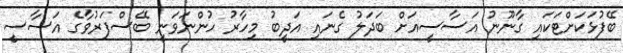
ބޭފުޅަކަށްޓަކައި ގާނޫނު އަސާސީއަށް ބަދަލު ގެނައި އަަދީބު މިހާރު ހުންނަވަނީ ބޭސްފަރުވާގެ އަސާސީ